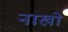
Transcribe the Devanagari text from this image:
नाखो